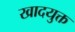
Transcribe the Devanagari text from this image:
खादयुक्त